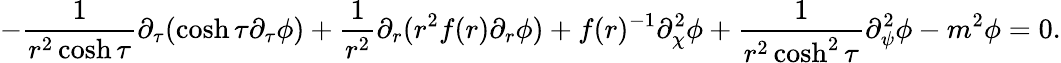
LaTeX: -\frac{1}{r^{2}\cosh\tau}\partial_{\tau}(\cosh\tau\partial_{\tau}\phi)+\frac{1}{r^{2}}\partial_{r}(r^{2}f(r)\partial_{r}\phi)+f(r)^{-1}\partial_{\chi}^{2}\phi+\frac{1}{r^{2}\cosh^{2}\tau}\partial_{\psi}^{2}\phi-m^{2}\phi=0.